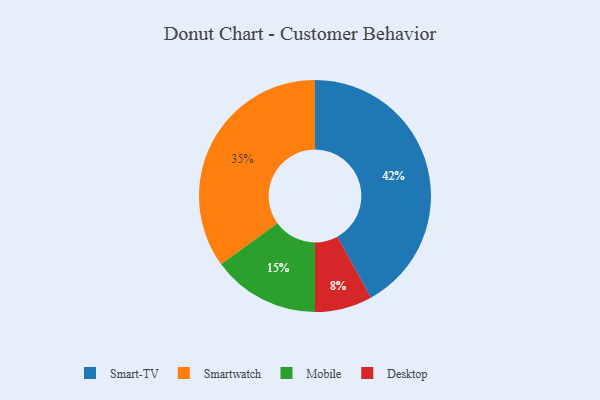
{"axis": {"x": "Category", "y": "Percentage"}, "legend": ["Desktop", "Mobile", "Smart-TV", "Smartwatch"], "data": [{"x": "Desktop", "y": 8, "type": "Desktop"}, {"x": "Smart-TV", "y": 42, "type": "Smart-TV"}, {"x": "Mobile", "y": 15, "type": "Mobile"}, {"x": "Smartwatch", "y": 35, "type": "Smartwatch"}]}